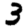
Digit: 3